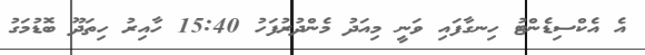
އެ އެކްސިޑެންޓު ހިނގާފައި ވަނީ މިއަދު މެންދުރުފަހު 15:40 ހާއިރު ހިތަދޫ ބޮޑުމަގު